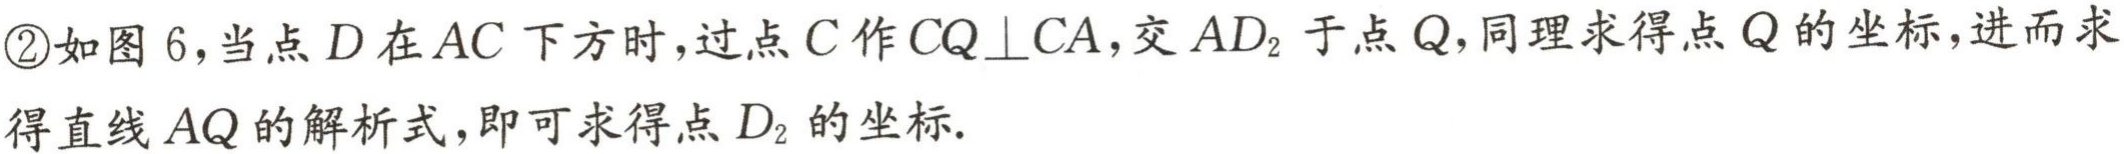
\textcircled{2}如图 6,当点\(D\)在\(AC\)下方时,过点\(C\)作\(CQ\perp CA\),交\(AD_{2}\)于点\(Q\),同理求得点\(Q\)的坐标,进而求
得直线\(AQ\)的解析式,即可求得点\(D_{2}\)的坐标.